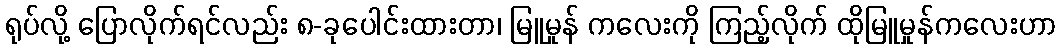
ရုပ်လို့ ပြောလိုက်ရင်လည်း ၈-ခုပေါင်းထားတာ၊ မြူမှုန် ကလေးကို ကြည့်လိုက် ထိုမြူမှုန်ကလေးဟာ